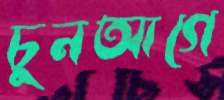
চুনআগে